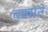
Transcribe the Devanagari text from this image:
चखाने